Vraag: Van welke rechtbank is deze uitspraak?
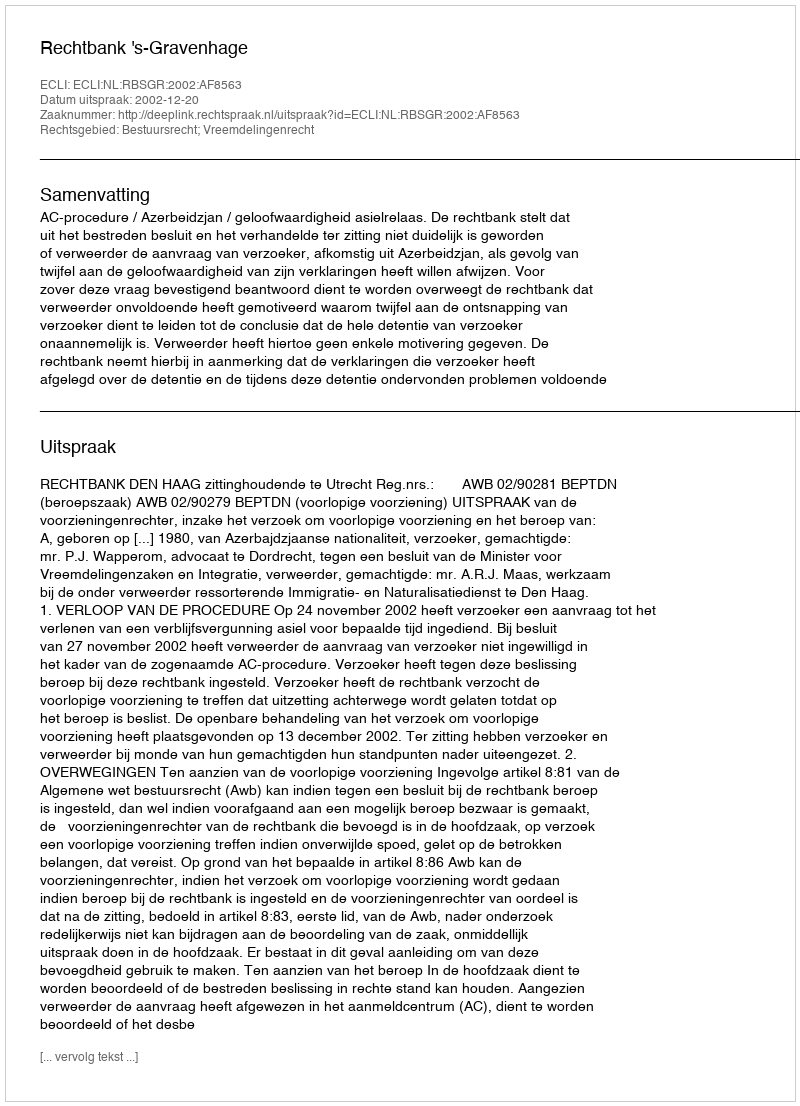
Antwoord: Rechtbank 's-Gravenhage